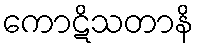
ကောဋိသတာနိ